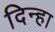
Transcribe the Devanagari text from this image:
दिन्हा